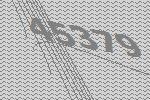
45379